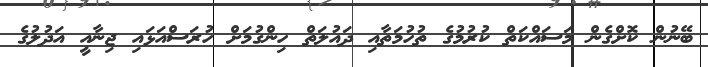
ބޭނުން ކޮށްގެން މަސައްކަތް ކުރުމުގެ ތުހުމަތާއި ދައުލަތް ހިންގުމަށް ހުރަސްއަޅައި ޖިނާއީ އަދުލުގެ